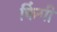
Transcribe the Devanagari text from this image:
क्विंगी